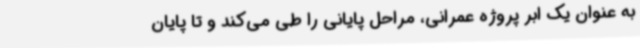
به عنوان یک ابر پروژه عمرانی، مراحل پایانی را طی می‌کند و تا پایان